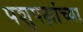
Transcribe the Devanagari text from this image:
पशुपक्षांच्या